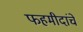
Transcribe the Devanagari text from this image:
फहमीदांचे